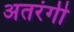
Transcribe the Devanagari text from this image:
अतरंगी